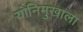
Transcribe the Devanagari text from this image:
योनिमुखाला